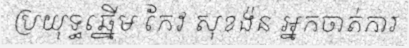
ប្រយុទ្ធឆ្នើម កែវ សុខង៉ន អ្នកចាត់ការ